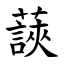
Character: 䕛